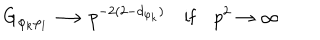
G _ { \varphi _ { k } \varphi _ { l } } \longrightarrow p ^ { - 2 ( 2 - d _ { \varphi _ { k } } ) } \quad \mathrm { i f } \quad p ^ { 2 } \to \infty